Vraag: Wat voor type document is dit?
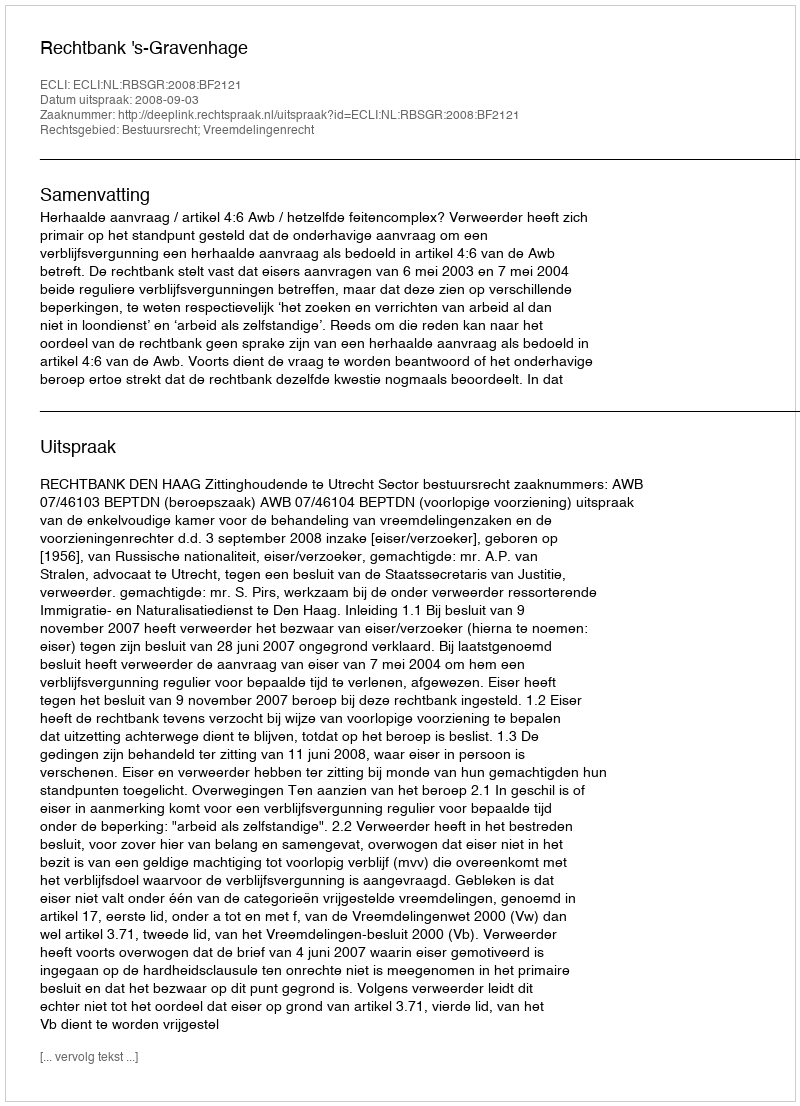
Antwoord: Uitspraak